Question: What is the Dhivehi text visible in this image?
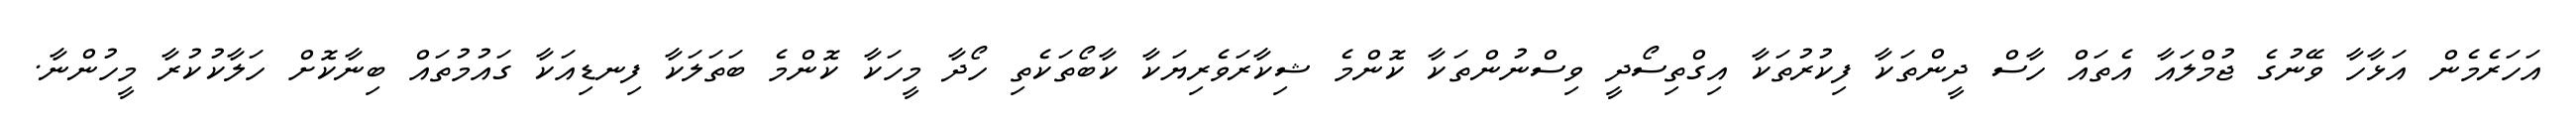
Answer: އަހަރެމެން އަޅާހާ ވޭނުގެ ޖުމްލައާ އެތައް ހާސް ދީންތަކާ ފިކުރުތަކާ އިގްތިސޯދީ ވިސްނުންތަކާ ކޮންމެ ޝިކާރަވެރިޔަކާ ކާބޯތަކެތި ހޯދާ މީހަކާ ކޮންމެ ބަތަލަކާ ފިނޑިއަކާ ގައުމުތައް ބިނާކޮށް ހަލާކުކުރާ މީހުންނާ.